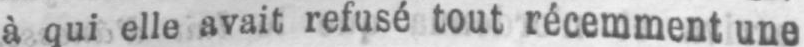
à qui elle avait refusé tout récemment une